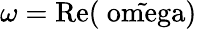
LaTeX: {\omega}=\mathrm{{Re}(\tilde{\ omega})}